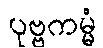
ပုဗ္ဗကမ္မံ